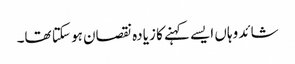
شائد وہاں ایسے کہنے کا زیادہ نقصان ہو سکتا تھا۔